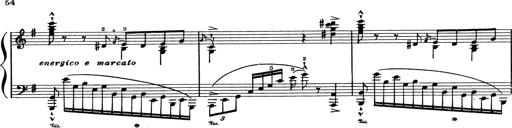
Title: Grosses Konzertsolo
Composer: Franz Liszt